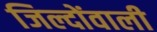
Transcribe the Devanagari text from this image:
जिल्दोंवाली